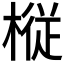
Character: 𫞋